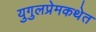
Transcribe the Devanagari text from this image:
युगुलप्रेमकथेत